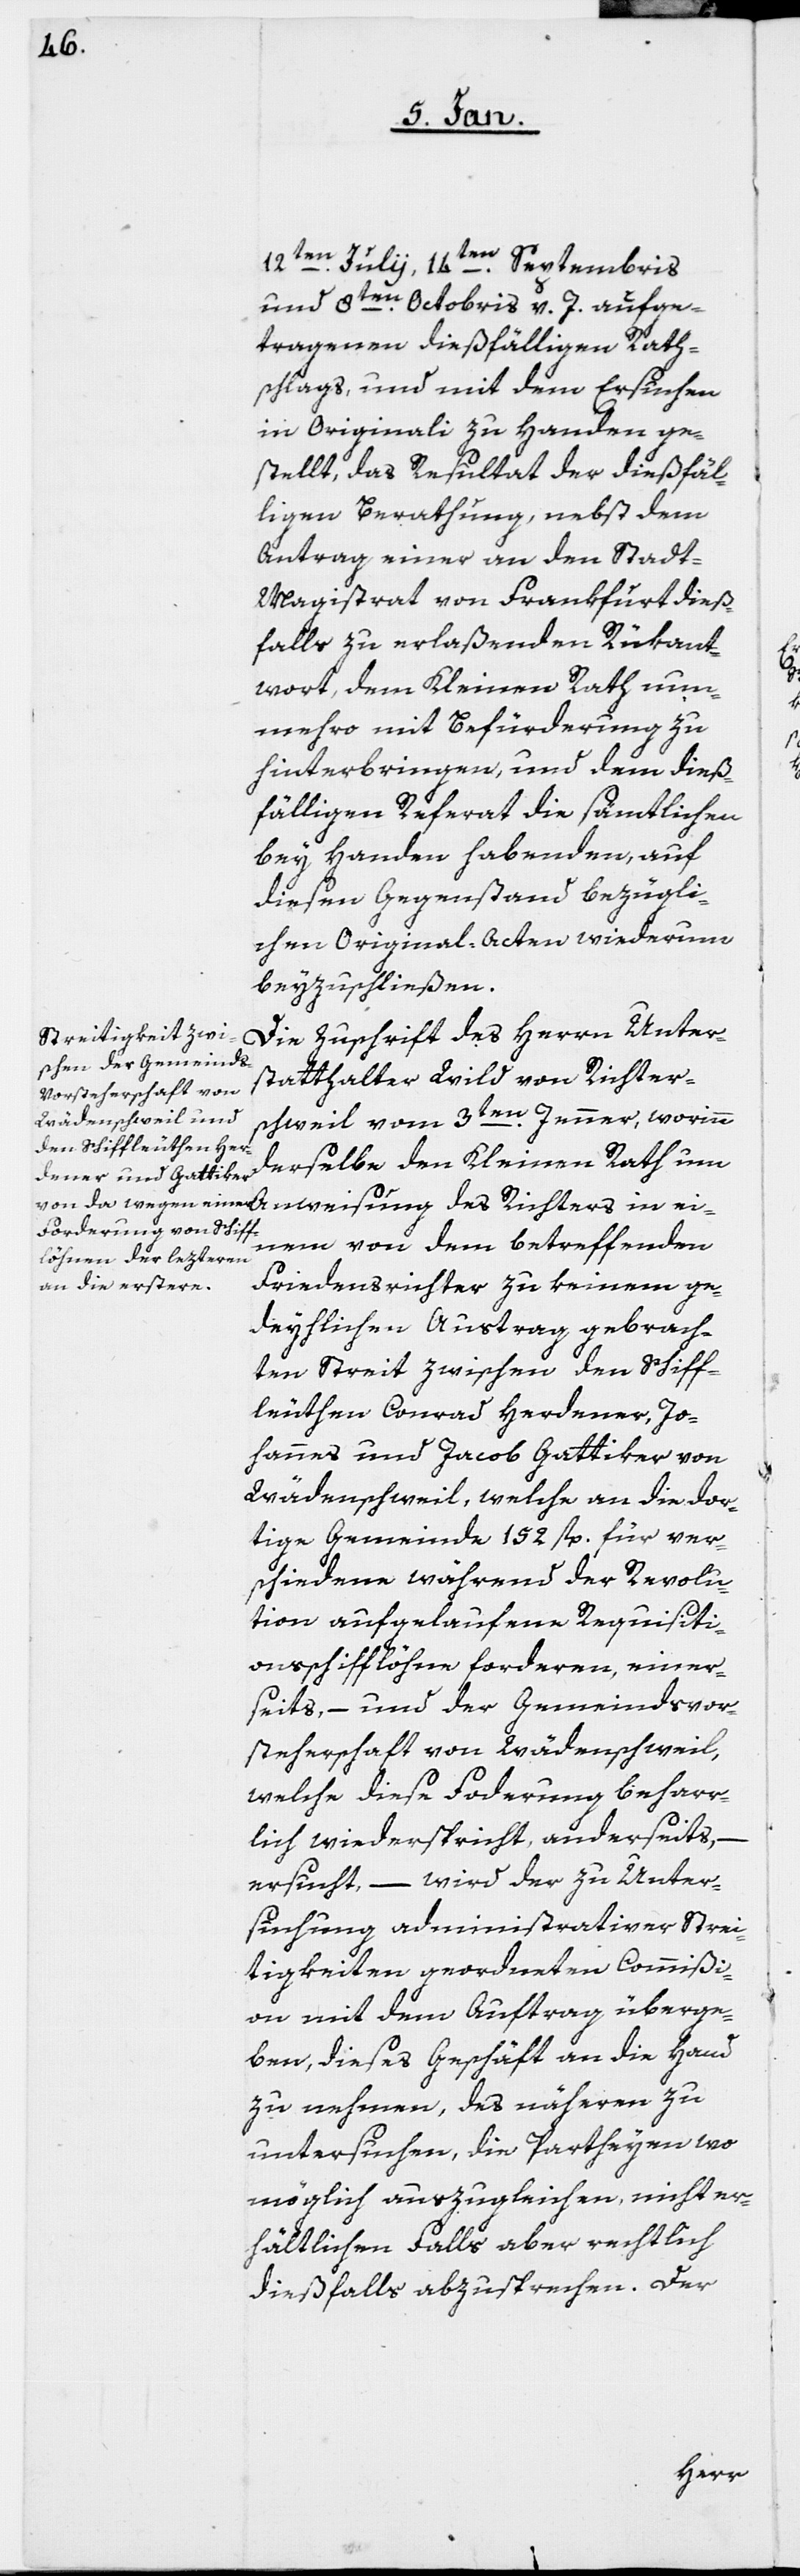
12ten. Julii, 14ten. Septembris
und 8ten. Octobris v. J. aufge¬
tragenen dießfälligen Rath¬
schlags, und mit dem Ersuchen,
in Originali zu Handen ge¬
stellt, das Resultat der dießfäl¬
ligen Berathung, nebst dem
Antrag einer an den Stadt-M¬
agistrat von Frankfurt dieß¬
falls zu erlaßenden Rükant¬
wort, dem Kleinen Rath nun¬
mehro mit Befürderung zu
hinterbringen, und dem dieß¬
fälligen Referat die sämtlichen
bey Handen habenden, auf
diesen Gegenstand bezügli¬
chen Original-Acten wiederum
beyzuschließen.
Die Zuschrift des Herrn Unter¬
statthalter Wild von Richter¬
schweil vom 3ten Jenner, worinn
derselbe den Kleinen Rath um
in einem von dem betreffenden
Friedensrichter zu keinem ge¬
deyhlichen Austrag gebrach¬
ten Streit zwischen den Schiff¬
leuthen Conrad Herdener, Jo¬
hannes und Jakob Gattiker von
Wädenschweil, welche an die dor¬
tige Gemeinde 152 fl. für ver¬
schiedene, während der Revolu¬
tion aufgelaufene Requisiti¬
onsschifflöhne forderen, einer¬
seits, – und der Gemeindsvor¬
steherschaft von Wädenschweil,
welche diese Forderung beharr¬
lich widerspricht, anderseits,
ersucht, – wird der zu Unter¬
suchung administrativer Strei¬
tigkeiten geordneten Commißi¬
on mit dem Auftrag überge¬
ben, dieses Geschäft an die Hand
zu nehmen, des Näheren zu
untersuchen, die Partheyen wo
möglich auszugleichen, nicht er¬
hältlichen Falls aber rechtlich
dießfalls abzusprechen. Der